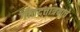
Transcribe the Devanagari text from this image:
गीतदत्तात्रयाचे